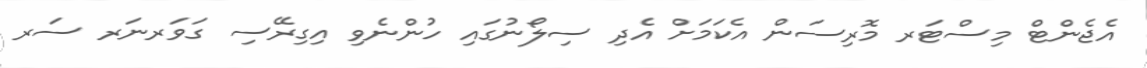
އެޖެންޓް މިސްޓަރ މޮރިސަން އެކަމަށް އެދި ސިލޯނުގައި ހުންނެވި އިގިރޭސި ގަވަރނަރ ސަރ